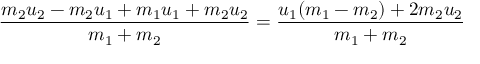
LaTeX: { \frac { m _ { 2 } u _ { 2 } - m _ { 2 } u _ { 1 } + m _ { 1 } u _ { 1 } + m _ { 2 } u _ { 2 } } { m _ { 1 } + m _ { 2 } } } = { \frac { u _ { 1 } ( m _ { 1 } - m _ { 2 } ) + 2 m _ { 2 } u _ { 2 } } { m _ { 1 } + m _ { 2 } } }